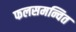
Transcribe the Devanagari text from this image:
फलसमन्वित